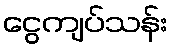
ငွေကျပ်သန်း